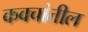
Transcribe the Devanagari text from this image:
कवचांतील